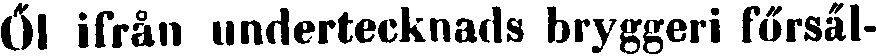
Öl ifrån undertecknads bryggeri försäl-